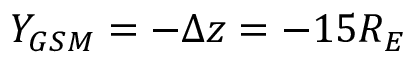
Y _ { G S M } = - \Delta z = - 1 5 R _ { E }